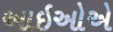
આઇઓએ